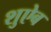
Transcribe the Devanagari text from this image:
शुऐब